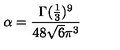
\alpha = \frac { \Gamma ( \frac { 1 } { 3 } ) ^ { 9 } } { 4 8 \sqrt { 6 } \pi ^ { 3 } }